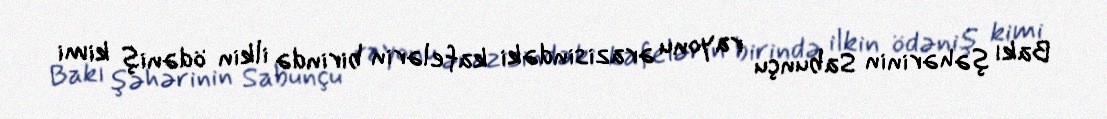
Bakı şəhərinin Sabunçu rayonu ərazisindəki kafelərin birində ilkin ödəniş kimi